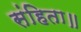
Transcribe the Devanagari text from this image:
संहिता॥